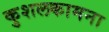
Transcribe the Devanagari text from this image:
कुशलकामना